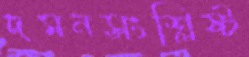
দমনসংশ্লিষ্ট